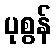
ပုစွန်